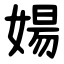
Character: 婸